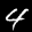
Label: 4